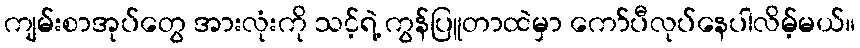
ကျမ်းစာအုပ်တွေ အားလုံးကို သင့်ရဲ့ ကွန်ပြူတာထဲမှာ ကော်ပီလုပ်နေပါလိမ့်မယ်။